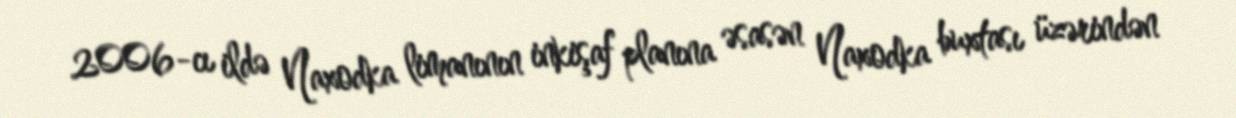
2006-cı ildə Naxodka limanının inkişaf planına əsasən Naxodka buxtası üzərindən